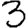
Digit: 3